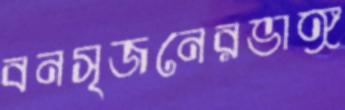
বনসৃজনেরভাঙ্গ